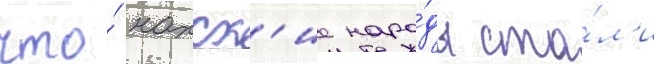
что́ нахск'ие наро́ды ста́л'и